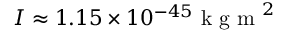
I \approx 1 . 1 5 \times 1 0 ^ { - 4 5 } \mathrm { ~ k ~ g ~ m ~ } ^ { 2 }